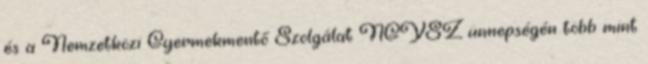
és a Nemzetközi Gyermekmentő Szolgálat NGYSZ ünnepségén több mint